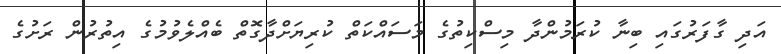
އަދި ގާފަރުގައި ބިނާ ކުރަމުންދާ މިސްކިތުގެ މަސައްކަތް ކުރިޔަށްދާގޮތް ބެއްލެވުމުގެ އިތުރުން ރަށުގެ